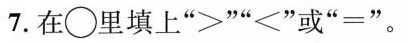
7.在○里填上”> ”””或”=”。